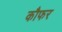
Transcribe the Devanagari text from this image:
कौफर